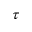
\tau